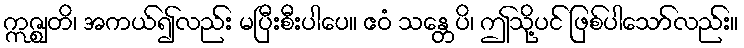
ဣဇ္ဈတိ၊ အကယ်၍လည်း မပြီးစီးပါပေ။ ဧဝံ သန္တေပိ၊ ဤသို့ပင် ဖြစ်ပါသော်လည်း။